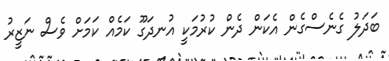
ބަދަލު ގެނެސްގެން އެކަން ދެން ކުރުމަކީ އުނދަގޫ ކަމެއް ކަމަށް ވެސް ނަޒީރު